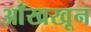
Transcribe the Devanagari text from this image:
आँखखून